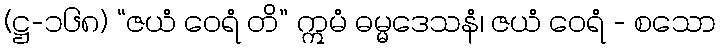
(ဋ္ဌ-၁၆၈) “ဇယံ ဝေရံ တိ” ဣမံ ဓမ္မဒေသနံ၊ ဇယံ ဝေရံ - စသော